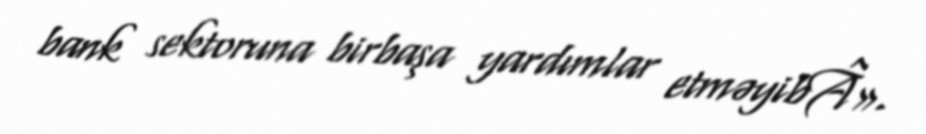
bank sektoruna birbaşa yardımlar etməyibÂ».